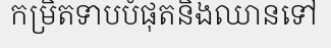
កម្រិតទាបបំផុតនិងឈានទៅ